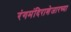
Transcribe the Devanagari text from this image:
रंगमंदिराशेजारच्या